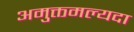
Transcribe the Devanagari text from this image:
अमुक्तमल्यदा